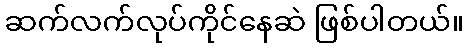
ဆက်လက်လုပ်ကိုင်နေဆဲ ဖြစ်ပါတယ်။